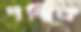
পন্থিক